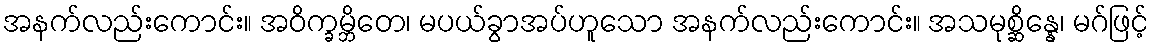
အနက်လည်းကောင်း။ အဝိက္ခမ္ဘိတေ၊ မပယ်ခွာအပ်ဟူသော အနက်လည်းကောင်း။ အသမုစ္ဆိန္နေ၊ မဂ်ဖြင့်